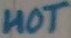
Text: HOT